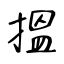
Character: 搵